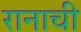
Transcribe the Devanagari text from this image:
रानाची